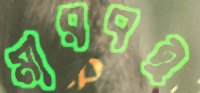
মারবই